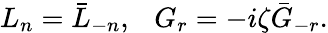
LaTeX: L_{n}=\bar{L}_{-n},~~~G_{r}=-i\zeta\bar{G}_{-r}.